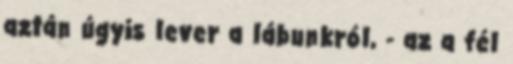
aztán úgyis lever a lábunkról, - az a fél